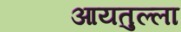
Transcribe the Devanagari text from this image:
आयतुल्ला